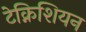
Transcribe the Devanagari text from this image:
टेक्निशियन